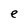
Character: e